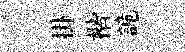
掛楷詭